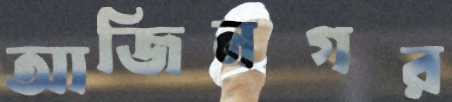
আজিনগর